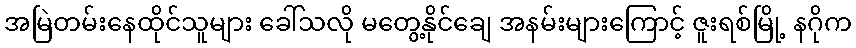
အမြဲတမ်းနေထိုင်သူများ ခေါ်သလို မတွေ့နိုင်ချေ အနမ်းများကြောင့် ဇူးရစ်မြို့ နဂိုက